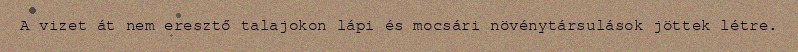
A vizet át nem eresztő talajokon lápi és mocsári növénytársulások jöttek létre.